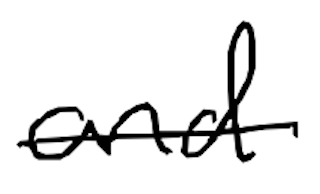
Text: and
Cross-out: single-line
Writing tool: digital_black